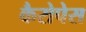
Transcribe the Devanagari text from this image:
कैरोपेस